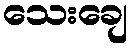
သေးချေ